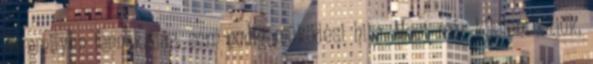
semmilyen fennakadás, sem pedig működési hiba. Most már kijelenthetjük,